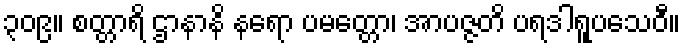
၃၀၉။ စတ္တာရိ ဌာနာနိ နရော ပမတ္တော၊ အာပဇ္ဇတိ ပရဒါရူပသေဝီ။